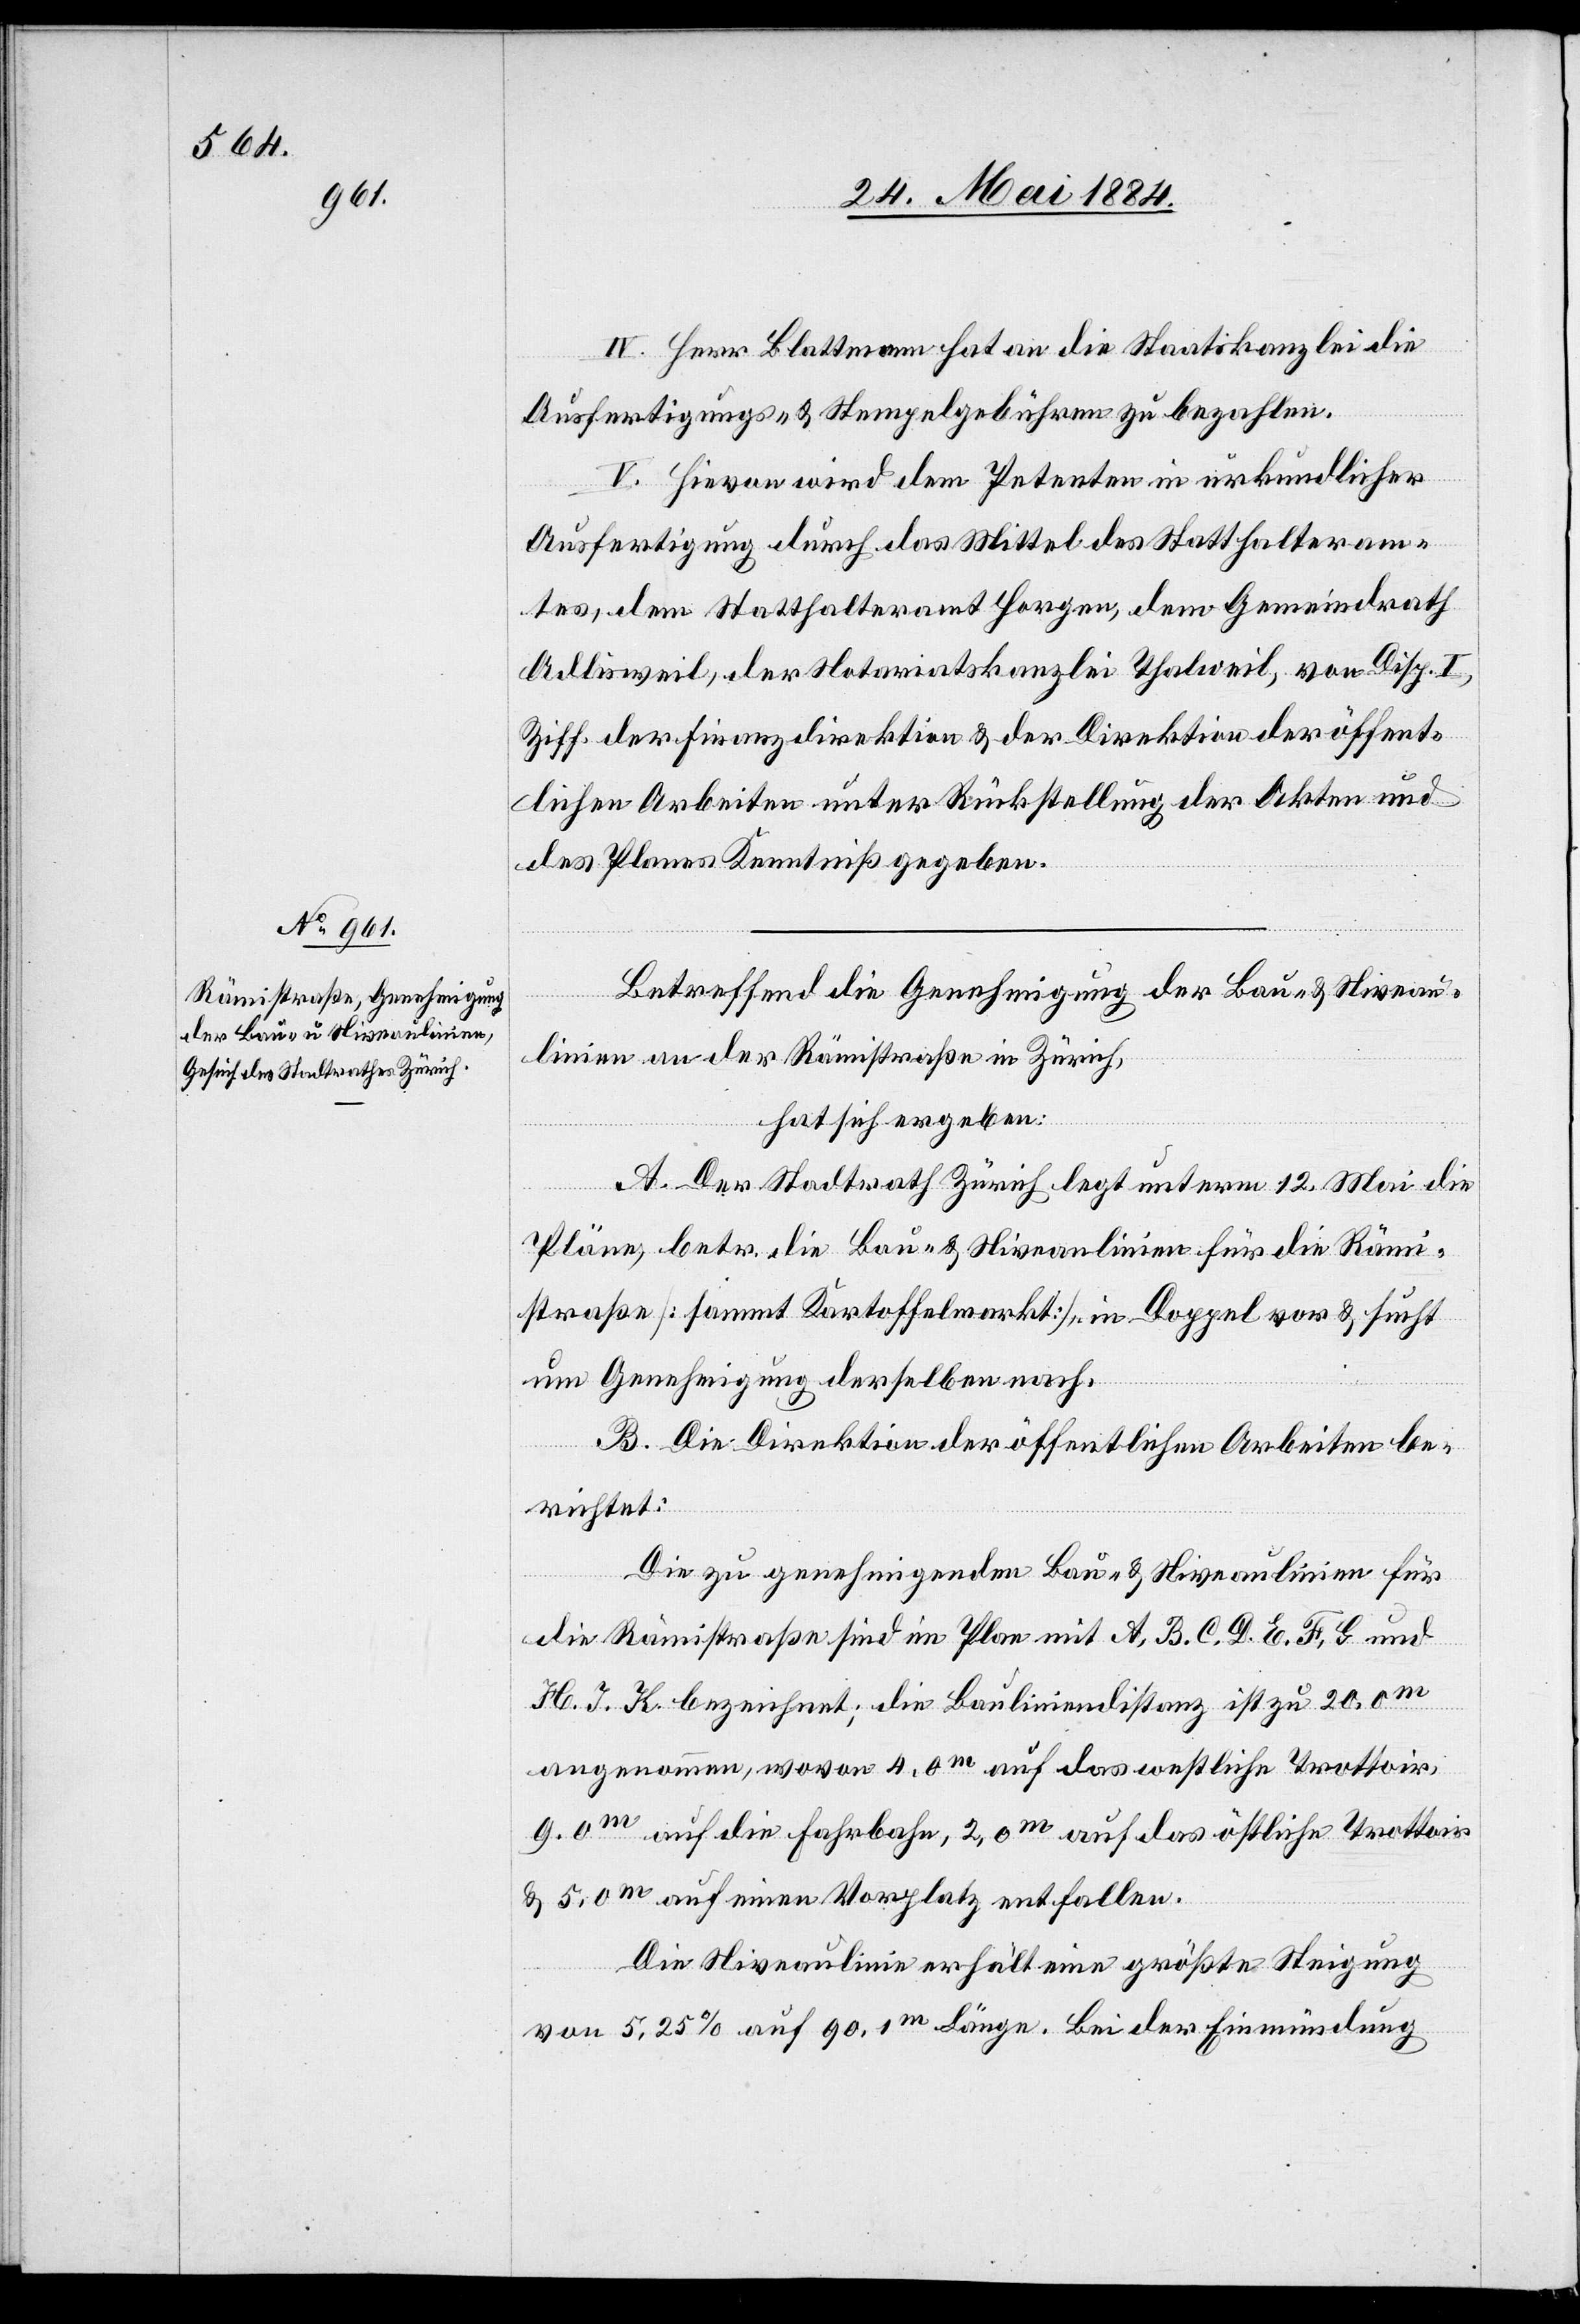
IV. Herr Blattmann hat an die Staatskanzlei die
Ausfertigungs- & Stempelgebühren zu bezahlen.
V. Hievon wird dem Petenten in urkundlicher
Ausfertigung durch das Mittel des Statthalteram¬
tes, dem Statthalteramt Horgen, dem Gemeindrath
Adlisweil, der Notariatskanzlei Thalweil, von Disp. I,
der Finanzdirektion & der Direktion der öffent¬
lichen Arbeiten unter Rückstellung der Akten und
des Planes Kenntniß gegeben.
Betreffend die Genehmigung der Bau- & Niveau¬
linien an der Rämistraße in Zürich,
hat sich ergeben:
A. Der Stadtrath Zürich legt unterm 12. Mai die
Pläne, betr. die Bau- & Niveaulinien für die Rämi¬
straße [sammt Kartoffelmarkt], in Doppel vor & sucht
um Genehmigung derselben nach.
B. Die Direktion der öffentlichen Arbeiten be¬
richtet:
Die zu genehmigenden Bau- & Niveaulinien für
die Rämistraße sind im Plan mit A, B, C, D, E, H, G, und
H, J, K bezeichnet; die Bauliniendistanz ist zu 20,0m
angenommen, wovon 4.0m auf das westliche Trottoir,
9,0m auf einen Vorplatz entfallen.
Die Niveaulinie erhält eine größte Steigung
von 5,25% auf 90,1m Länge. Bei der Einmündung